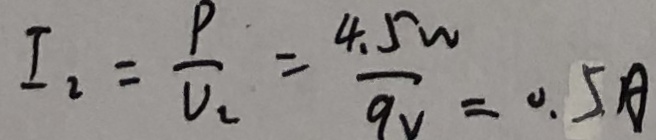
I _ { 2 } = \frac { P } { U _ { 2 } } = \frac { 4 . 5 w } { 9 v } = 0 . 5 A